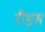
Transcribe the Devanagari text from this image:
रीड्स